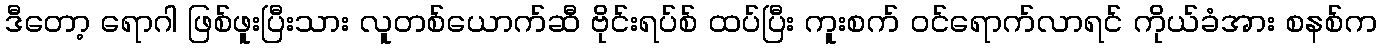
ဒီတော့ ရောဂါ ဖြစ်ဖူးပြီးသား လူတစ်ယောက်ဆီ ဗိုင်းရပ်စ် ထပ်ပြီး ကူးစက် ဝင်ရောက်လာရင် ကိုယ်ခံအား စနစ်က